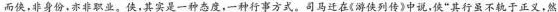
而侠，非身份，亦非职业。侠，其实是一种态度，一种行事方式。司马迁在《游侠列传》中说，侠”其行虽不轨于正义。然